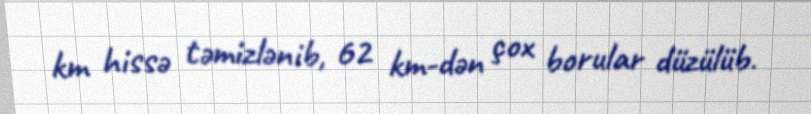
km hissə təmizlənib, 62 km-dən çox borular düzülüb.